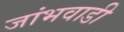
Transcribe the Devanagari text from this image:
जांभवाडी